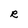
Character: R